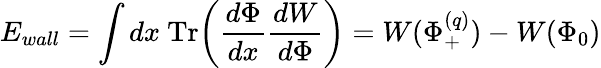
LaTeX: E_{wall}=\int dx~\mathrm{Tr}\biggl({\frac{d\Phi}{dx}}{\frac{dW}{d\Phi}}\biggr)=W(\Phi_{+}^{(q)})-W(\Phi_{0})